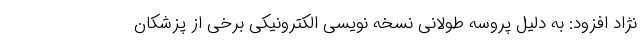
نژاد افزود: به دلیل پروسه طولانی نسخه نویسی الکترونیکی برخی از پزشکان